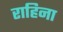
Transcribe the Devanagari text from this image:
राहिना